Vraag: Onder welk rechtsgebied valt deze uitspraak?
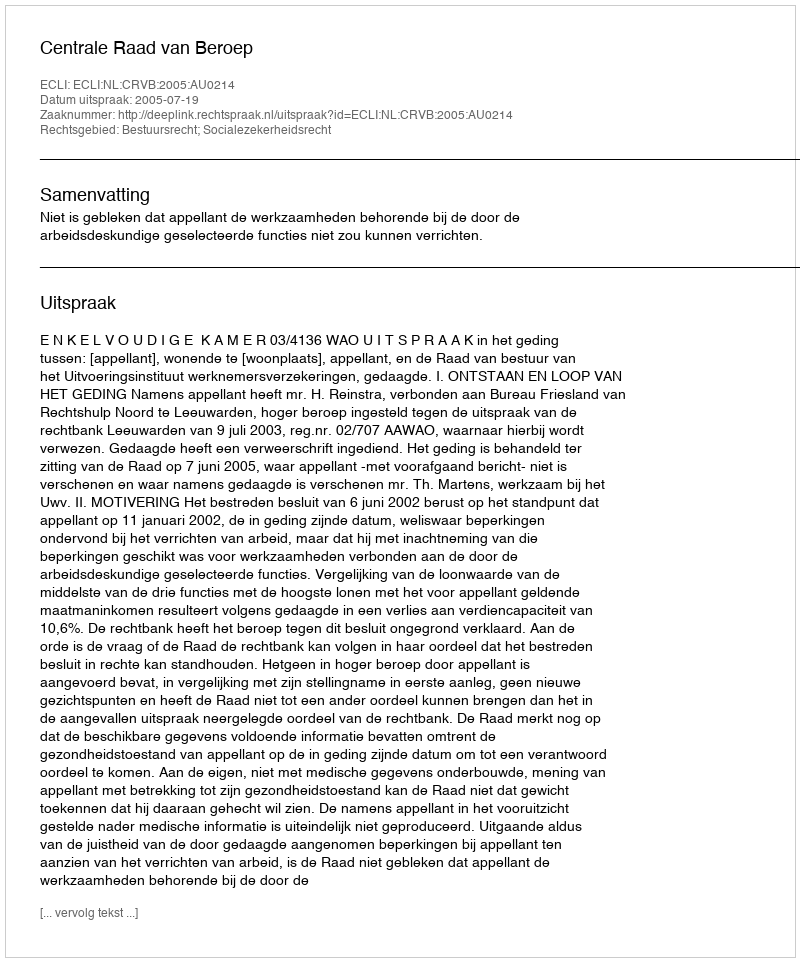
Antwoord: Bestuursrecht; Socialezekerheidsrecht